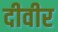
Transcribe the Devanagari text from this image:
दीवीर